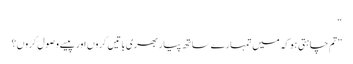
“
”تم چاہتی ہو کہ میں تمہارے ساتھ پیار بھری باتیں کروں اور پیسے وصول کروں؟